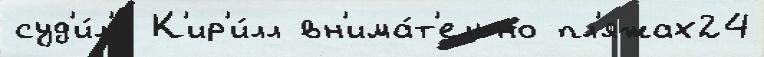
суд'и́л'и К'ир'и́лл вн'има́т'ельно пл'яжах24